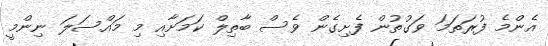
އެންމެ ފުރަތަމަ ވަގުތުން ފެށިގެން ވެސް ބާތިލް ކަމަށާއި މި މައްސަލަ ނިންމީ